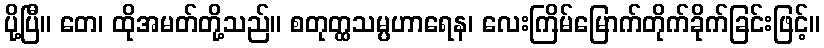
ပို့ပြီ။ တေ၊ ထိုအမတ်တို့သည်။ စတုတ္ထသမ္ပဟာရေန၊ လေးကြိမ်မြောက်တိုက်ခိုက်ခြင်းဖြင့်။